Leaving Certificate Examination, 1920
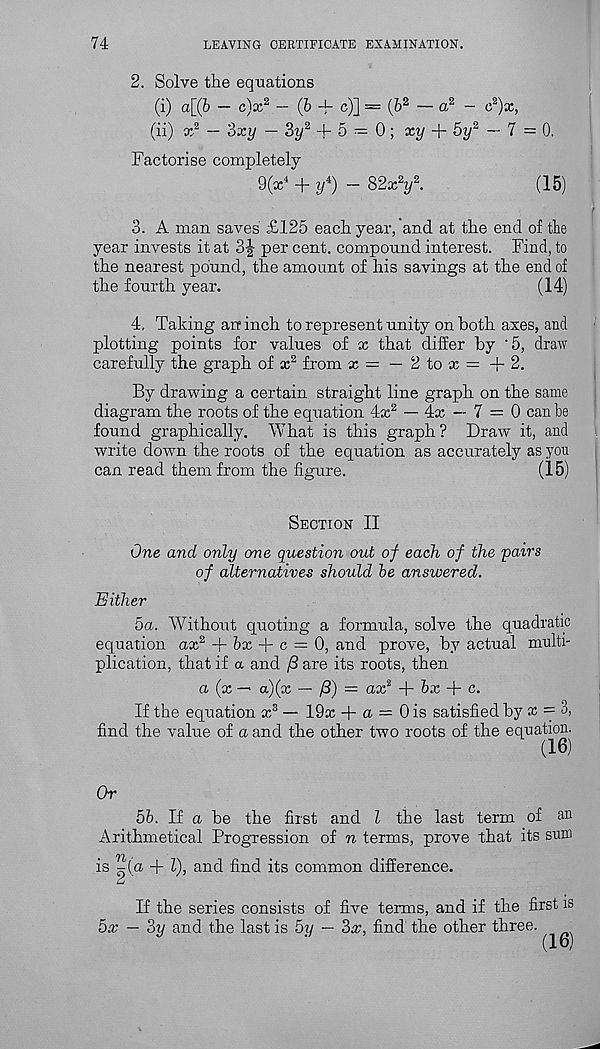
74
LEAVING CERTIFICATE EXAMINATION.
2. Solve the equations
(i) a[(6 — c)x 2 —(&-}- c)] = (6 2 — a 2 — e 2 )x,
(ii) x 2 — Sxy — 3y 2 + 5 = 0; xy + 5y 2 — 7=0.
Factorise completely
9(x 4 + y 4 ) — 82x 2 y 2 .
(15)
3. A man saves £125 each year, and at the end of the
year invests it at 3J per cent, compound interest. Find, to
the nearest pound, the amount of his savings at the end of
the fourth year.
(14)
4. Taking an inch to represent unity on both axes, and
plotting points for values of x that differ by '5, draw
carefully the graph of x 2 from x = — 2 to x = + 2.
By drawing a certain straight line graph on the same
diagram the roots of the equation 4x 2 — 4x ~ 7 = 0 can be
found graphically. What is this graph ? Draw it, and
write down the roots of the equation as accurately as you
can read them from the figure.
(15)
Section II
One and only one question out of each of the pairs
of alternatives should he answered.
Either
5a. Without quoting a formula, solve the quadratic
equation ax 2 + 6x + c = 0, and prove, by actual multi-
plication, that if a and /8 are its roots, then
a (x — a)(x — /3) = ax 2 + &x + c.
If the equation x 3 — 19x + a = 0 is satisfied by x = 3,
find the value of a and the other two roots of the equation.
(16)
Or
5b. If a be the first and l the last term of
Arithmetical Progression of n terms, prove that its sum
is ^(a + T), and find its common difference.
u
If the series consists of five terms, and if the first is
5x — 3y and the last is 5y — 2>x, find the other three.